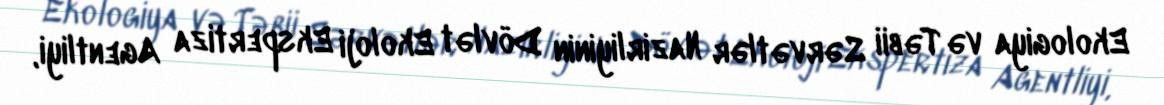
Ekologiya və Təbii Sərvətlər Nazirliyinin Dövlət Ekoloji Ekspertiza Agentliyi,